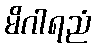
မိဂါရညံ